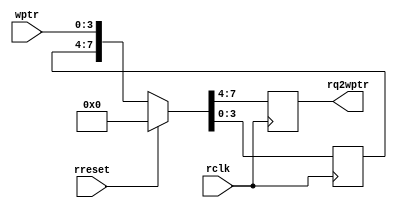
`timescale 1ns / 1ps
//////////////////////////////////////////////////////////////////////////////////
// Company: 
// Engineer: 
// 
// Design Name: 
// Module Name: sync_w2r
// Project Name: 
// Target Devices: 
// Tool Versions: 
// Description: 
// 
// Dependencies: 
// 
// Revision:
// Revision 0.01 - File Created
// Additional Comments:
// 
//////////////////////////////////////////////////////////////////////////////////
module sync_w2r #(parameter PTRWIDTH = 4) (
    wptr,
    rq2wptr,
    rclk,
    rreset
);
    input      [PTRWIDTH-1:0] wptr;
    output reg [PTRWIDTH-1:0] rq2wptr;
    input rclk;
    input rreset;
    
    reg [PTRWIDTH-1:0] rqwptr;
    
    always @ (posedge rclk)
    if (rreset)     {rq2wptr, rqwptr} = 0;
    else            {rq2wptr, rqwptr} = {rqwptr, wptr};
endmodule